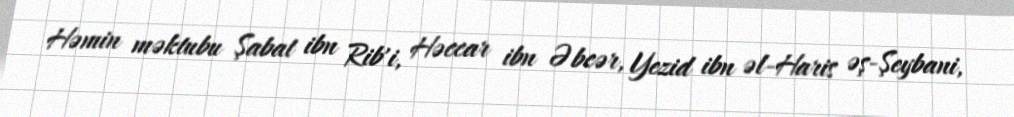
Həmin məktubu Şabat ibn Rib'i, Həccar ibn Əbcər, Yezid ibn əl-Haris əş-Şeybani,